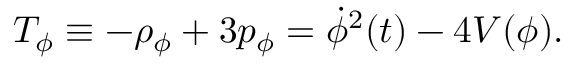
\begin{array} { r } { T _ { \phi } \equiv - \rho _ { \phi } + 3 p _ { \phi } = { \dot { \phi } } ^ { 2 } ( t ) - 4 V ( \phi ) . } \end{array}